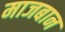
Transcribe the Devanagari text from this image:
माजबान